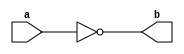
//Exerccio Extra 01
//Nome: Vitor Angelo Lima
//Matrcula: 451621

module comp1 (output [7:0]b, input [7:0]a);
	assign b = ~a;
endmodule

module teste;
	reg [7:0]a;
	wire [7:0]b;
	comp1 cm(b, a);
	
	initial begin
		$monitor("%b -> %b", a, b);
		a = 8'b0000_0000;
		#1 a = 8'b0000_0001;
		#1 a = 8'b0000_1111;
		#1 a = 8'b1111_0000;
		#1 a = 8'b1111_1111;
	end
endmodule